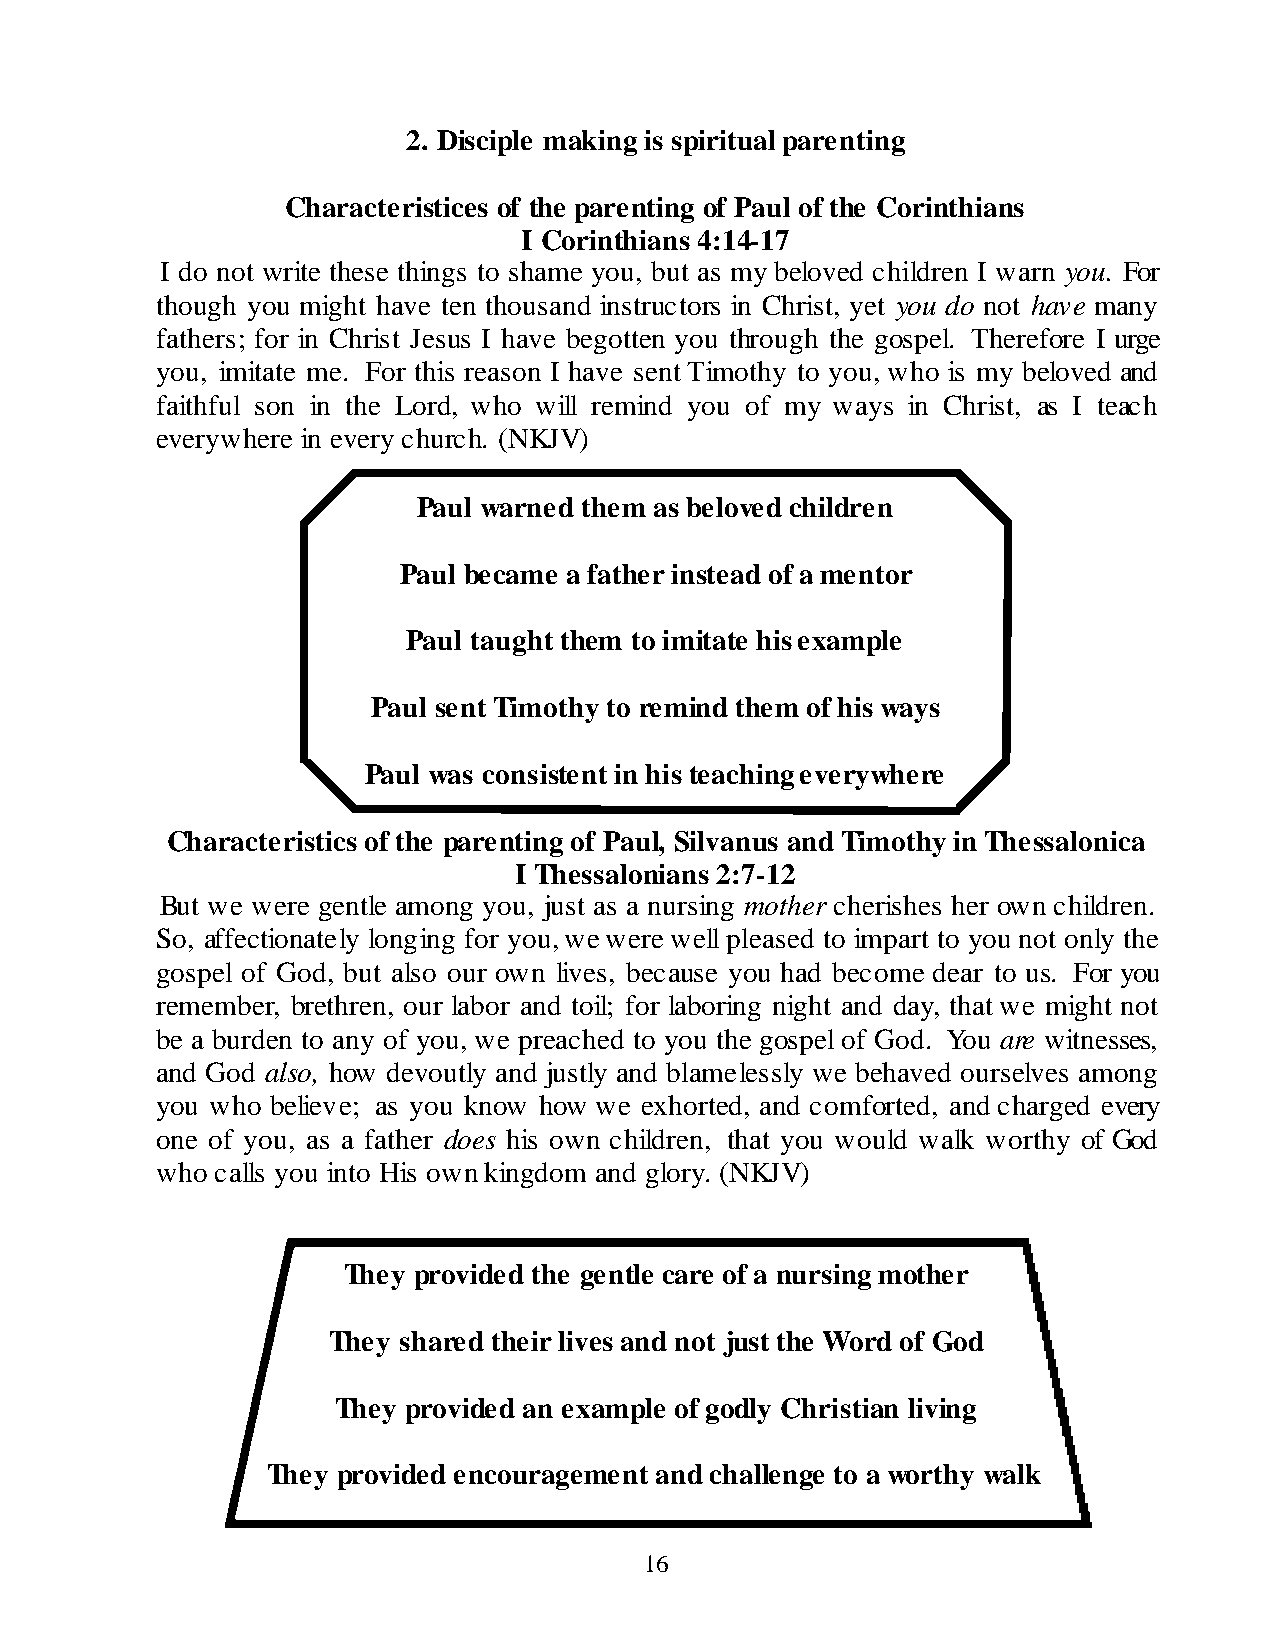
2. Disciple making is spiritual parenting
 Characteristices of the parenting of Paul of the Corinthians
 I Corinthians 4:14-17
 I do not write these things to shame you, but as my beloved children I warn you. For
 though you might have ten thousand instructors in Christ, yet you do not have many
 fathers; for in Christ Jesus I have begotten you through the gospel. Therefore I urge
 you, imitate me. For this reason I have sent Timothy to you, who is my beloved and
 faithful son in the Lord, who will remind you of my ways in Christ, as I teach
 everywhere in every church. (NKJV)
 Paul warned them as beloved children
 Paul became a father instead of a mentor
 Paul taught them to imitate his example
 Paul sent Timothy to remind them of his ways
 Paul was consistent in his teaching everywhere
 Characteristics of the parenting of Paul, Silvanus and Timothy in Thessalonica
 I Thessalonians 2:7-12
 But we were gentle among you, just as a nursing mother cherishes her own children.
 So, affectionately longing for you, we were well pleased to impart to you not only the
 gospel of God, but also our own lives, because you had become dear to us. For you
 remember, brethren, our labor and toil; for laboring night and day, that we might not
 be a burden to any of you, we preached to you the gospel of God. You are witnesses,
 and God also, how devoutly and justly and blamelessly we behaved ourselves among
 you who believe; as you know how we exhorted, and comforted, and charged every
 one of you, as a father does his own children, that you would walk worthy of God
 who calls you into His own kingdom and glory. (NKJV)
 They provided the gentle care of a nursing mother
 They shared their lives and not just the Word of God
 They provided an example of godly Christian living
 They provided encouragement and challenge to a worthy walk
 16